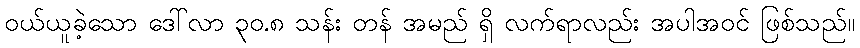
ဝယ်ယူခဲ့သော ဒေါ်လာ ၃၀.၈ သန်း တန် အမည် ရှိ လက်ရာလည်း အပါအဝင် ဖြစ်သည်။